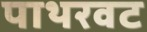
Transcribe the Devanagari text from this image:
पाथरवट